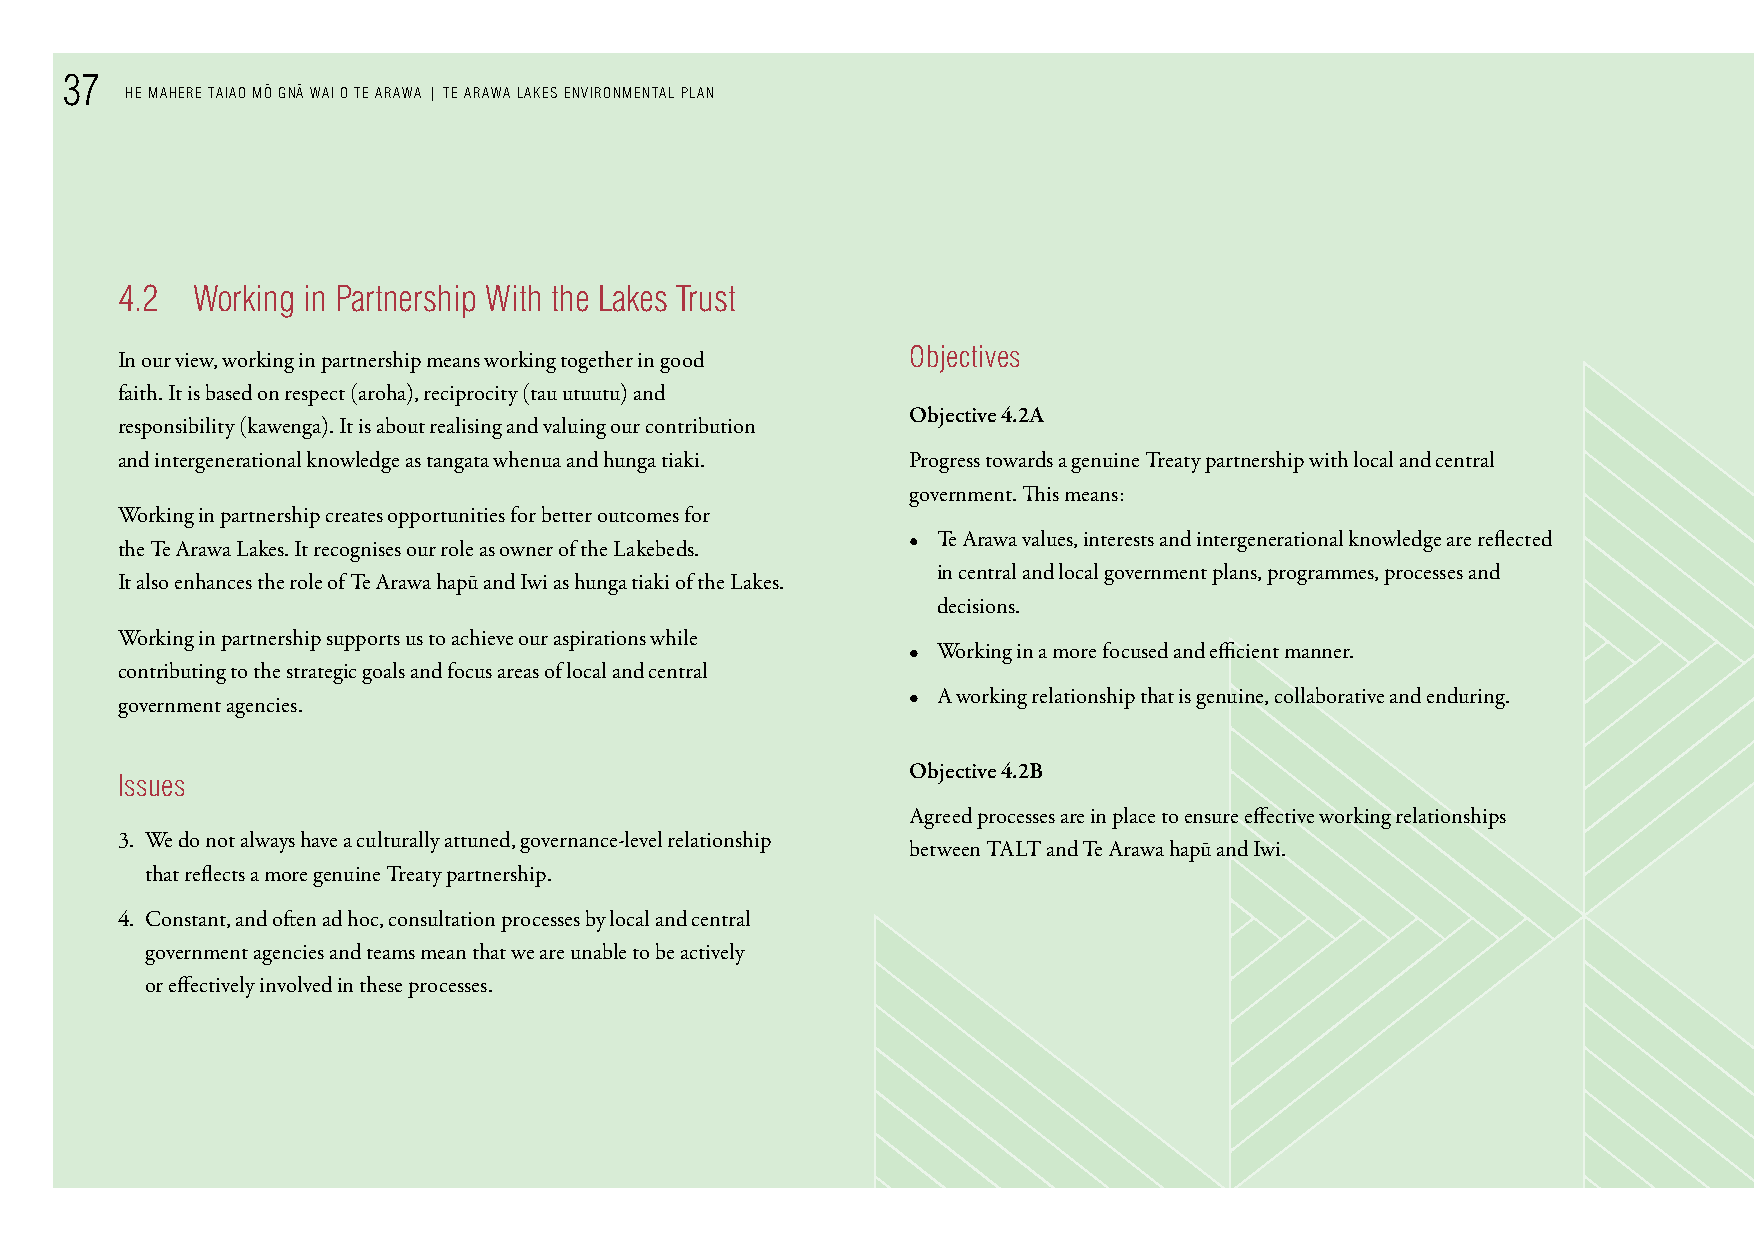
37
 He MAHere TAIAo M o¯ Gn¯A WAI o Te ArAWA | Te ArAWA LAkes enVIronMenTAL PLAn
 4.2  Working in Partnership With the Lakes Trust
 objectives
 In our view, working in partnership means working together in good
 faith. It is based on respect (aroha), reciprocity (tau utuutu) and
 Objective 4.2A
 responsibility (kawenga). It is about realising and valuing our contribution
 and intergenerational knowledge as tangata whenua and hunga tiaki. Progress towards a genuine Treaty partnership with local and central
 government. This means:
 Working in partnership creates opportunities for better outcomes for
 • Te Arawa values, interests and intergenerational knowledge are reflected
 the Te Arawa Lakes. It recognises our role as owner of the Lakebeds.
 in central and local government plans, programmes, processes and
 It also enhances the role of Te Arawa hapū and Iwi as hunga tiaki of the Lakes.
 decisions.
 Working in partnership supports us to achieve our aspirations while
 • Working in a more focused and efficient manner.
 contributing to the strategic goals and focus areas of local and central
 • A working relationship that is genuine, collaborative and enduring.
 government agencies.
 Objective 4.2B
 Issues
 Agreed processes are in place to ensure effective working relationships
 3. We do not always have a culturally attuned, governance-level relationship
 between TALT and Te Arawa hapū and Iwi.
 that reflects a more genuine Treaty partnership.
 4. Constant, and often ad hoc, consultation processes by local and central
 government agencies and teams mean that we are unable to be actively
 or effectively involved in these processes.